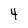
Character: 4